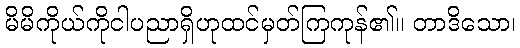
မိမိကိုယ်ကိုငါပညာရှိဟုထင်မှတ်ကြကုန်၏။ တာဒိသော၊